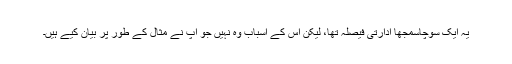
یہ ایک سوچاسمجھا ادارتی فیصلہ تھا، لیکن اس کے اسباب وہ نہیں جو آپ نے مثال کے طور پر بیان کیے ہیں۔